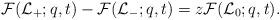
LaTeX: \begin{align*}\mathcal{F}(\mathcal{L}_+;q,t)-\mathcal{F}(\mathcal{L}_-;q,t)=z\mathcal{F}(\mathcal{L}_0;q,t).\end{align*}